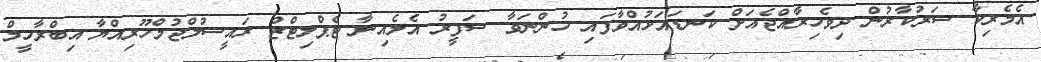
އެމެރިކާ ސަރުކާރުން ދިވެހިރާއްޖެއަށް ކަނޑައަޅުއްވާފައި ހުންނަވާ ސަފީރު އެލެއިނާ ޓެޕްލިޓްޒް ރައީސުލްޖުމްހޫރިއްޔާ އިބްރާހީމް